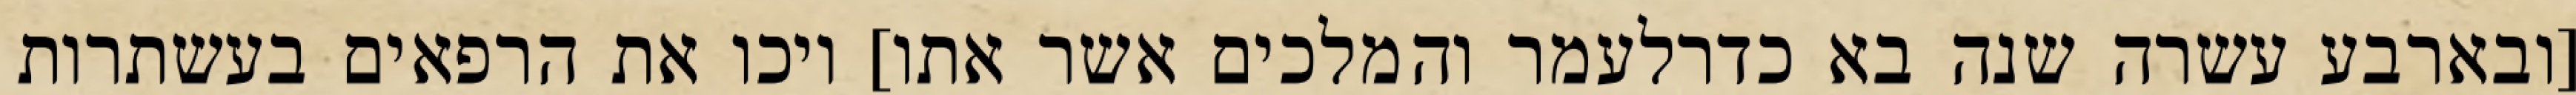
[ובארבע עשרה שנה בא כדרלעמר והמלכים אשר אתו] ויכו את הרפאים בעשתרות